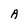
Character: A